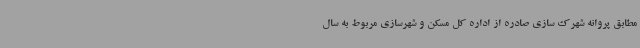
مطابق پروانه شهرک سازی صادره از اداره کل مسکن و شهرسازی مربوط به سال